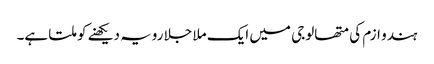
ہندو ازم کی متھالوجی میں‌ ایک ملا جلا رویہ دیکھنے کو ملتا ہے۔